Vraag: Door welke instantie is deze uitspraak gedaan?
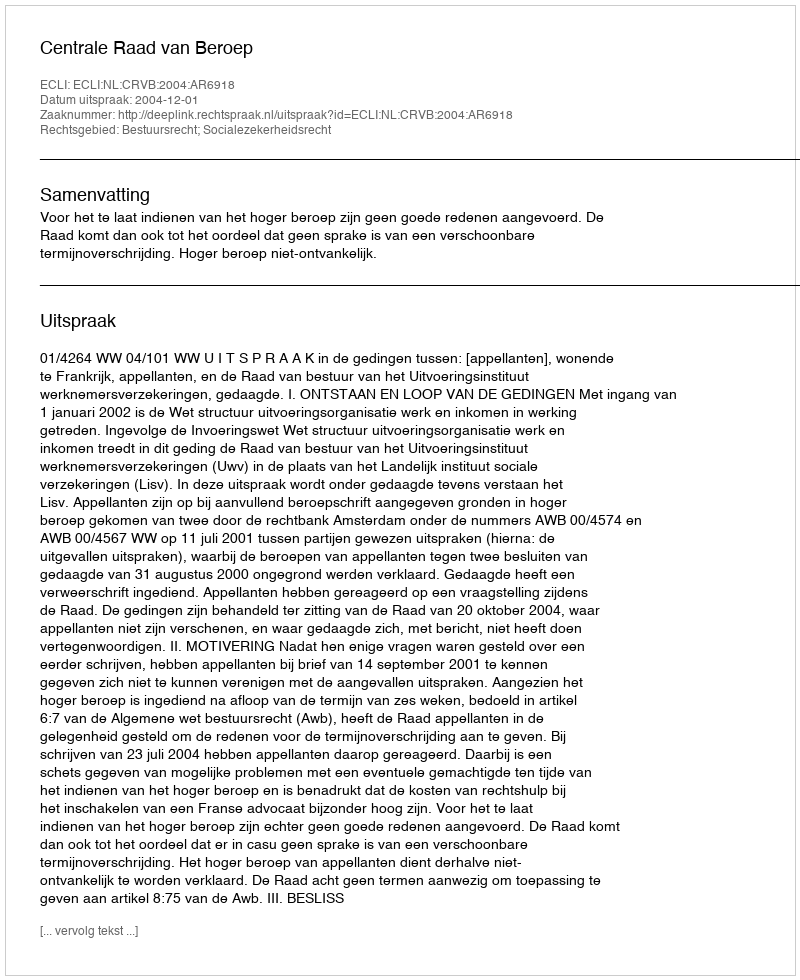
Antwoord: Centrale Raad van Beroep